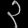
Digit: ၃